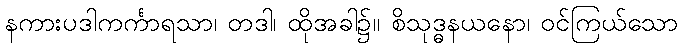
နကားပဒါကင်္ကာရသာ၊ တဒါ၊ ထိုအခါ၌။ စိသုဒ္ဓနယနော၊ ဝင်ကြယ်သော